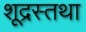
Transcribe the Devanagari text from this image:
शूद्रस्तथा